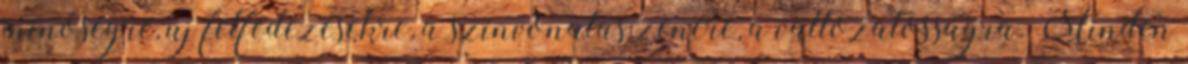
minőségre, új felfedezésekre, a színvonalas zenére, a változatosságra. Minden